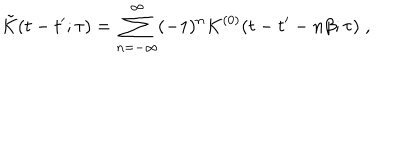
\tilde { K } ( t - t ^ { \prime } ; \tau ) = \sum _ { n = - \infty } ^ { \infty } ( - 1 ) ^ { n } K ^ { ( 0 ) } ( t - t ^ { \prime } - n \beta ; \tau ) \; ,